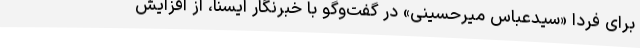
برای فردا «سیدعباس میرحسینی» در گفت‌وگو با خبرنگار ایسنا، از افزایش